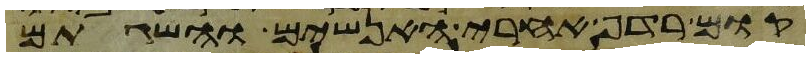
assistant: קום רדף אחרי האנשים והשגתם